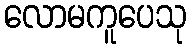
လောမကူပေသု